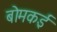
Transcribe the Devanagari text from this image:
बोमकई